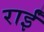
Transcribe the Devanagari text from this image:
राईं